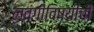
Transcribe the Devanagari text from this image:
लवंगीविषयीची